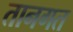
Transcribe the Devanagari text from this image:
तानगत